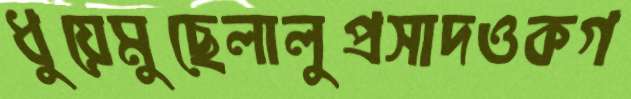
ধুয়েমুছেলালুপ্রসাদওকগ